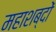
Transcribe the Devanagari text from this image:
महाशब्दों